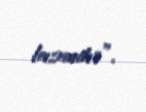
lazımdır”.